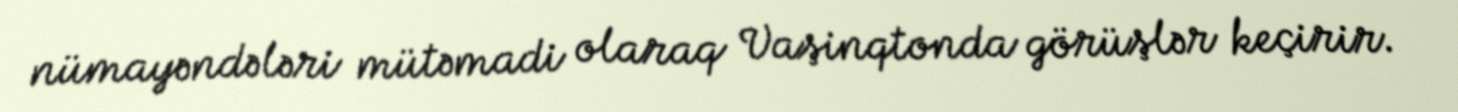
nümayəndələri mütəmadi olaraq Vaşinqtonda görüşlər keçirir.